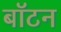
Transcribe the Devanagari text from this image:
बॉटन